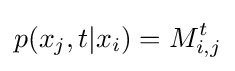
p(x_{j},t|x_{i})=M_{i,j}^{t}